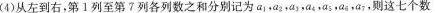
(4)从左到右，第1列至第?列各列数之和分别记为a_{1} ，a_{2} ，a_{3} ，a_{4} ，a_{5} ，a_{6} ，a_{7}， 则这七个数